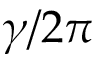
\gamma / 2 \pi